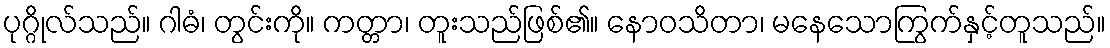
ပုဂ္ဂိုလ်သည်။ ဂါဓံ၊ တွင်းကို။ ကတ္တာ၊ တူးသည်ဖြစ်၏။ နောဝသိတာ၊ မနေသောကြွက်နှင့်တူသည်။